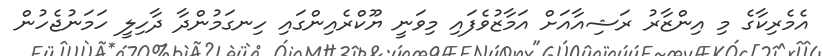
އެމެރިކާގެ މި އިންޒާރު ރަޝިއާއަށް އަމާޒުވެފައި މިވަނީ ޔޫކްރެއިންގައި ހިނގަމުންދާ ދާހިލީ ހަމަނުޖެހުން